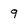
Character: 9